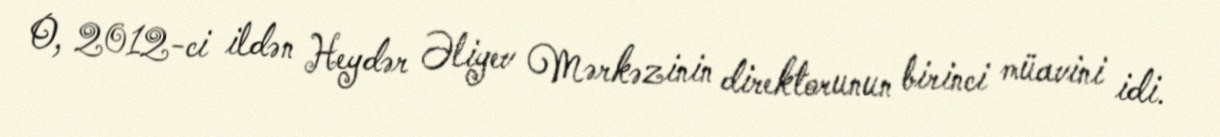
O, 2012-ci ildən Heydər Əliyev Mərkəzinin direktorunun birinci müavini idi.